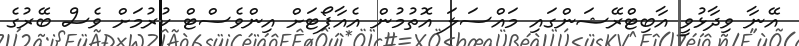
އޭނާ ވިދާޅުވީ އާބިޓްރޭޝަންގައި މައްސަލަ އޮތުމުން އެއާޕޯޓަށް އިންވެސްޓް ކުރުމަށް ވެސް ބޭރުގެ